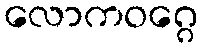
လောကဝဂ္ဂေ